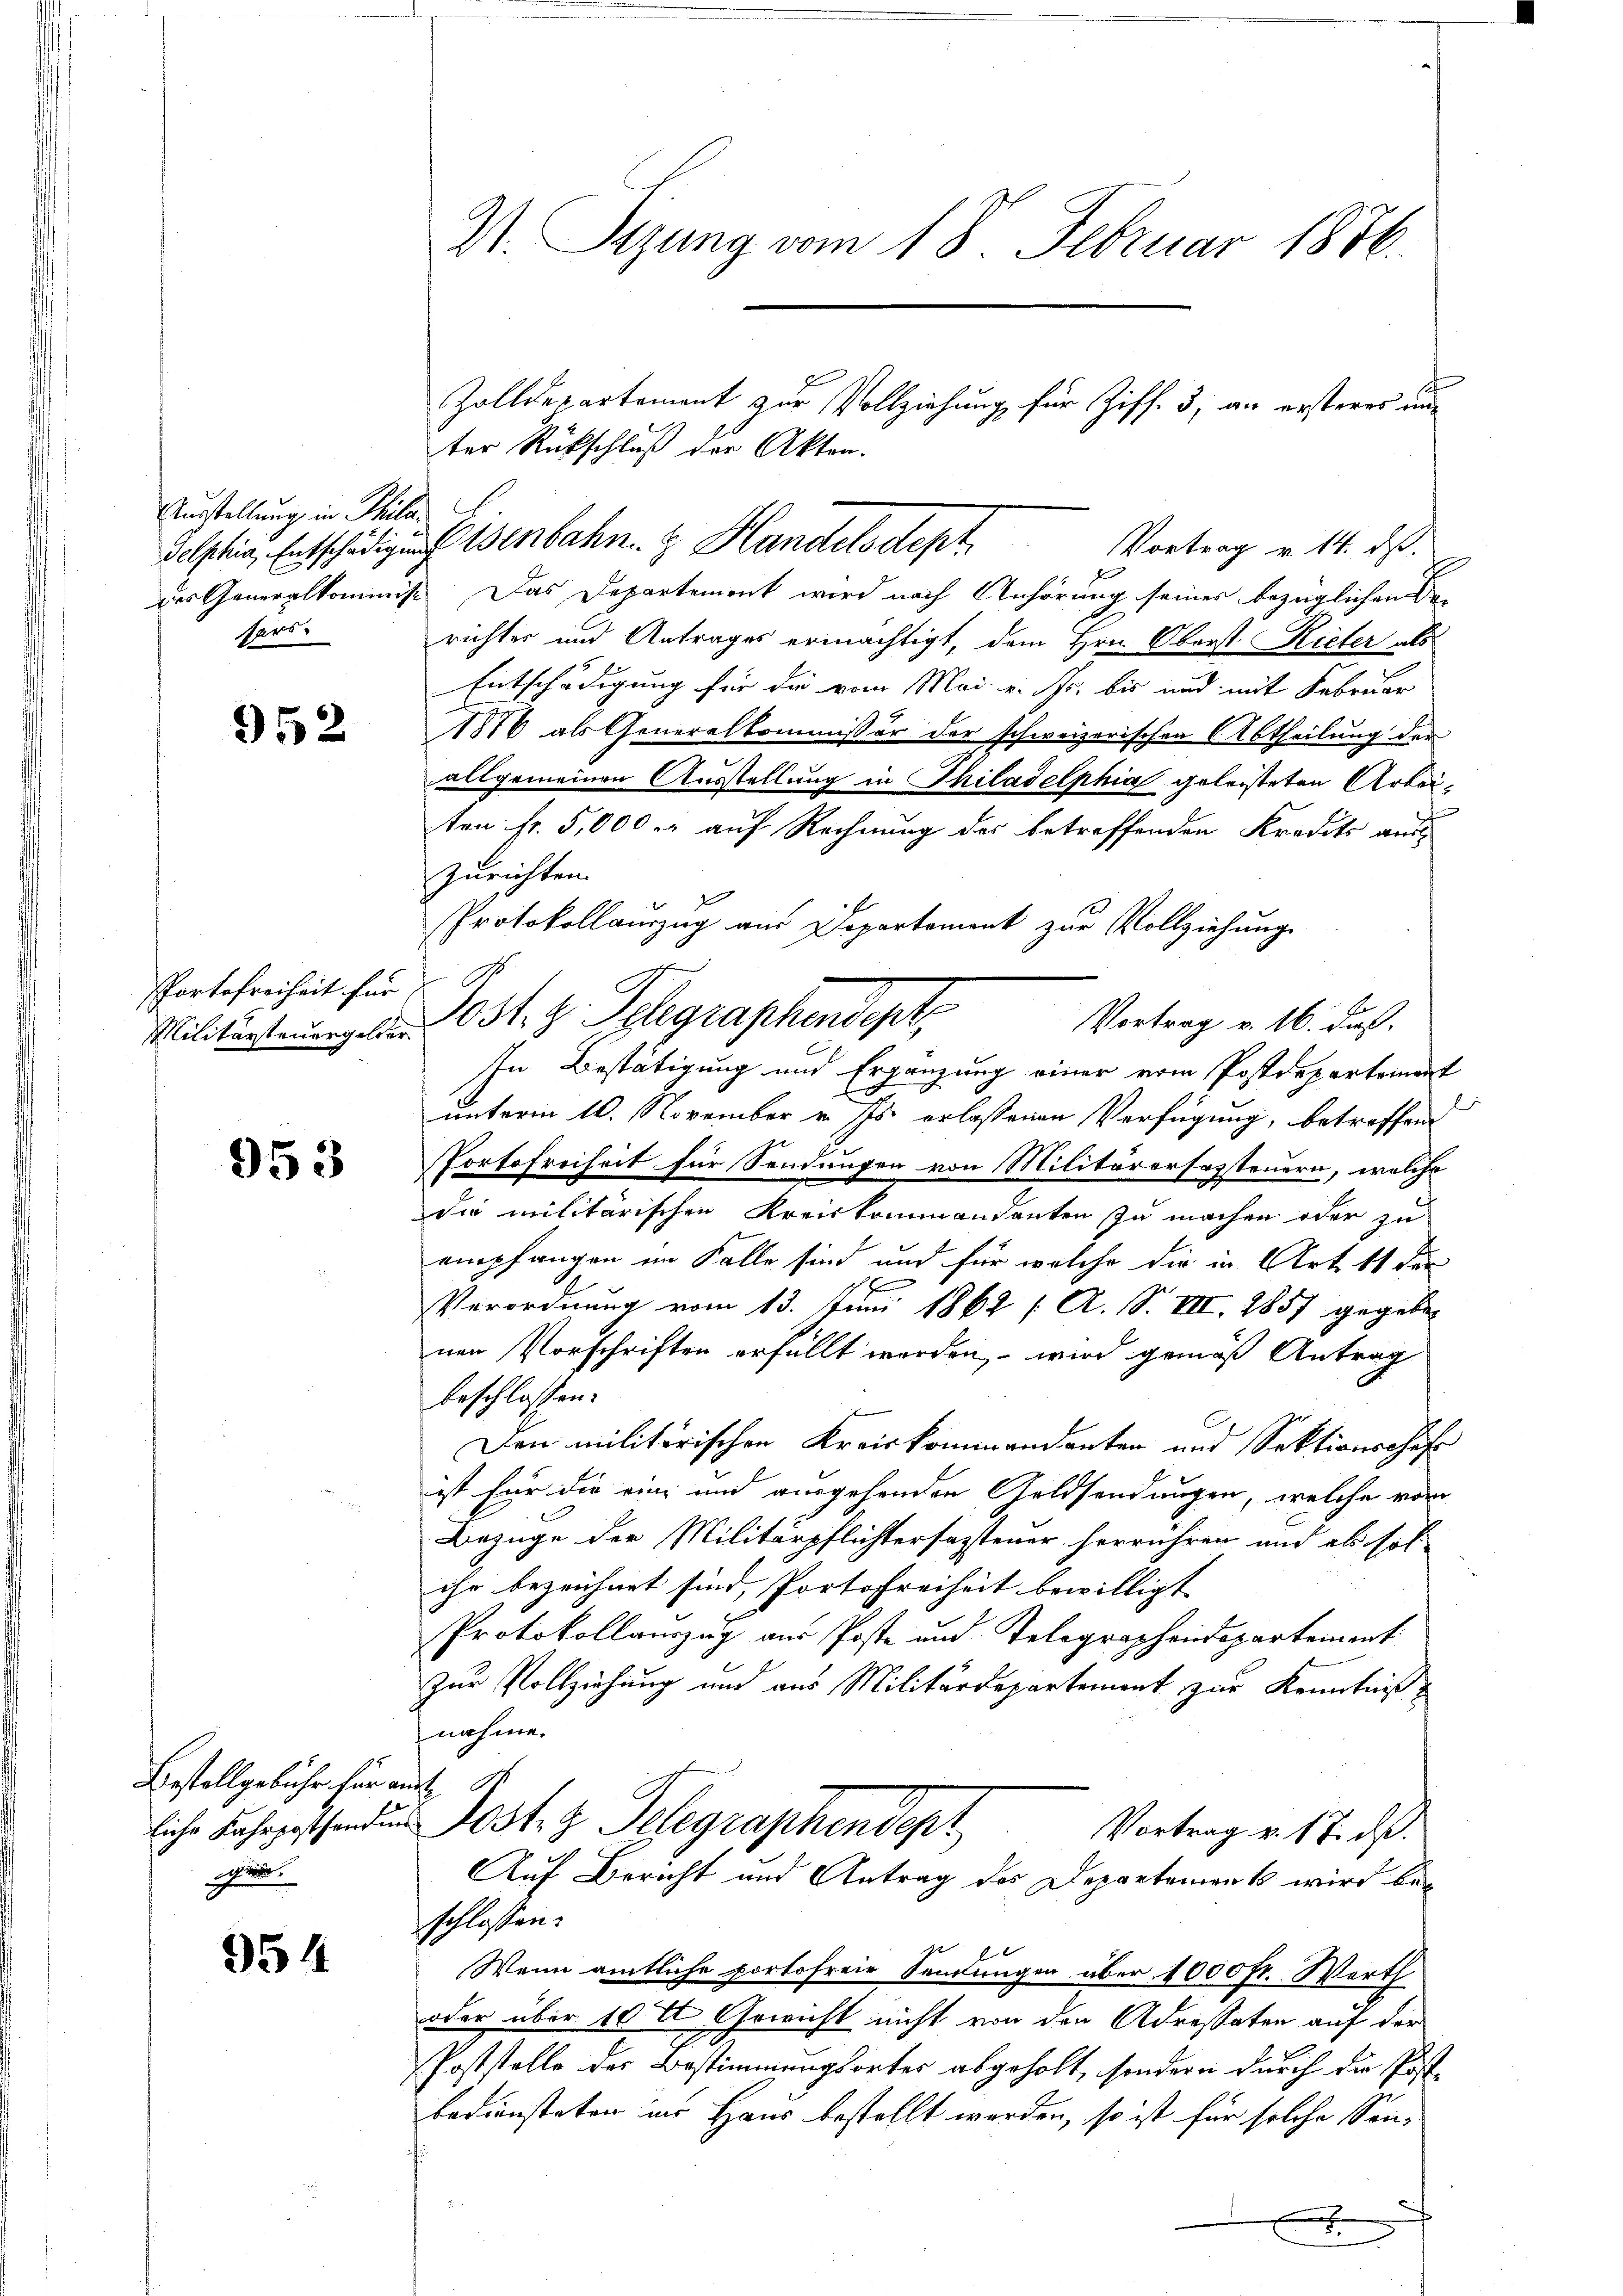
Ausstellung in Philafars

952

PPortofreiheit für

953

Bestellgebühr für an
liche Fahrposthanden
e.

954

V. Sizung vom 18. Februar 1876.

E
ter Rückschluß der Akten.
delphia, Entschädigung Wenbahn. & Handelsdept
der Generalkommiss. Das Departement wird nach Anhörung seines bezüglichen Be-
richter und Antrages ermächtigt, dem Hrn. Oberst Rieter als
Entschädigung für die vom Mai u. fr. bis und mit Februar
1816 als Generalkommissär der schweizerischen Abtheilung der
allgemeinen Ausstellung in Thiladelphia geleisteten Arbeiten fr. 5,000 er auf Rechnung des betreffenden Kredits aus
zurichten.
PProtokollauszug aus Departement zur Vollziehung
Militersterungen St. z. Telegraphendept,
Vortrag v. 16. Fuß.
In Bestätigung und Ergänzung einer vom Postdepartement
unterm 10. November v. Js. erlassenen Verfügung, betroffen
Portofreiheit für Sendungen von Militärerfassteuern, welche
die militärischen Kreiskommandanten zu machen oder zu
empfangen im Falle sind und für welche die in Art. 11 der
Verordnung vom 13. Juni 1862 / A. S. VIII. 1857 gegeben
nen Vorschriften erfüllt worden, – wird gemäß Antrag
beschlossen:
Den militärischen Kreiskommandanten und Sektionschaft
ist für die eine und ausgehenden Geldsendungen, welche vom
Bezüge der Militärpflichtersagtener herrühren und als sol
ihr bezeichnet sind, Portofreiheit bewilligt
Protokollauszug aus Poste und Telegraphendepartement
zur Vollziehung und aus Militärdepartement zur Kenntniß
fnahme.
aft
Dost. z. Telegraphendept
Vortrag v. 17. ds.
Auf Bericht und Antrag des Departement wird beschlossen:
Wenn amtliche portofreie Sendungen über 1000 fr. Werth
oder über 10 tt Gewicht nicht von den Adressaten auf der
Poststelle des Bestimmungsortes abgeholt, sondern durch die Post-
bediensteten ins Haus bestellt werden, so ist für solche Son-

Zolldepartement zur Vollziehung für Ziff. 3, an ersteres un-

Vortrag v. 14. ds.